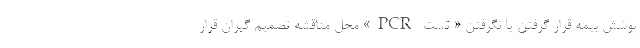
پوشش بیمه قرار گرفتن یا نگرفتن « تست PCR» محل مناقشه تصمیم گیران قرار